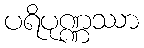
ပရိပုဏ္ဏဿာ